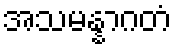
အသမန္နာဂတံ